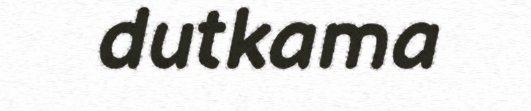
dutkama